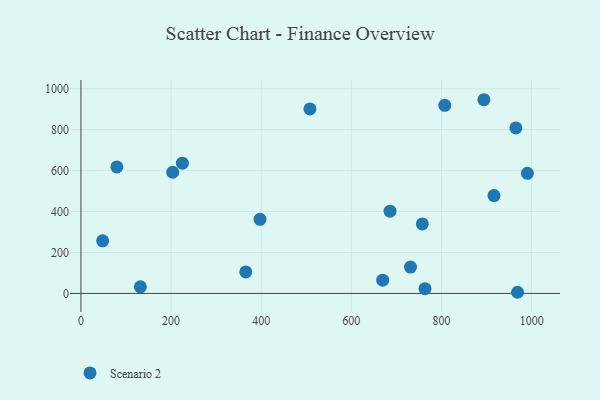
{"axis": {"x": "Study Hours", "y": "Rating"}, "legend": ["Scenario 2"], "data": [{"x": "757.4", "y": 339.5, "type": "Scenario 2"}, {"x": "365.7", "y": 105.0, "type": "Scenario 2"}, {"x": "669.5", "y": 64.6, "type": "Scenario 2"}, {"x": "48.1", "y": 257.1, "type": "Scenario 2"}, {"x": "685.8", "y": 401.7, "type": "Scenario 2"}, {"x": "731.2", "y": 128.5, "type": "Scenario 2"}, {"x": "916.4", "y": 478.2, "type": "Scenario 2"}, {"x": "763.3", "y": 23.4, "type": "Scenario 2"}, {"x": "203.6", "y": 591.9, "type": "Scenario 2"}, {"x": "990.5", "y": 586.5, "type": "Scenario 2"}, {"x": "894.0", "y": 946.2, "type": "Scenario 2"}, {"x": "397.3", "y": 361.8, "type": "Scenario 2"}, {"x": "807.2", "y": 918.6, "type": "Scenario 2"}, {"x": "79.7", "y": 617.8, "type": "Scenario 2"}, {"x": "965.0", "y": 808.5, "type": "Scenario 2"}, {"x": "508.0", "y": 901.4, "type": "Scenario 2"}, {"x": "968.7", "y": 5.6, "type": "Scenario 2"}, {"x": "131.9", "y": 32.4, "type": "Scenario 2"}, {"x": "225.1", "y": 636.2, "type": "Scenario 2"}]}